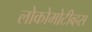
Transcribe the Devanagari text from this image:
लोकोमोटीव्हस